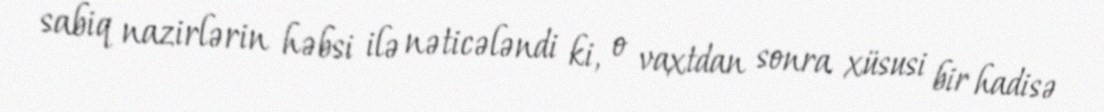
sabiq nazirlərin həbsi ilə nəticələndi ki, o vaxtdan sonra xüsusi bir hadisə